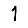
Digit: 1